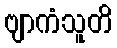
ဗျာကံသူတိ